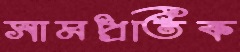
সামপ্রতিক